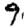
Digit: 9